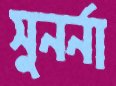
সুনর্না